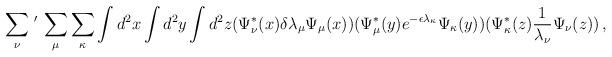
LaTeX: \begin{align*}\sum_{\nu}\,^{\prime}\,\sum_{\mu}\sum_{\kappa}\int d^2 x \int d^2 y \int d^2 z(\Psi_{\nu}^{*}(x) \delta\lambda_{\mu}\Psi_{\mu}(x))(\Psi_{\mu}^{*}(y) e^{-\epsilon\lambda_{\kappa}} \Psi_{\kappa }(y))(\Psi_{\kappa}^{*}(z) {1\over{\lambda_{\nu}}}\Psi_{\nu}(z))\, ,\end{align*}